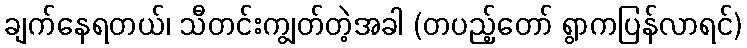
ချက်နေရတယ်၊ သီတင်းကျွတ်တဲ့အခါ (တပည့်တော် ရွာကပြန်လာရင်)